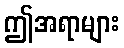
ဤအရာများ